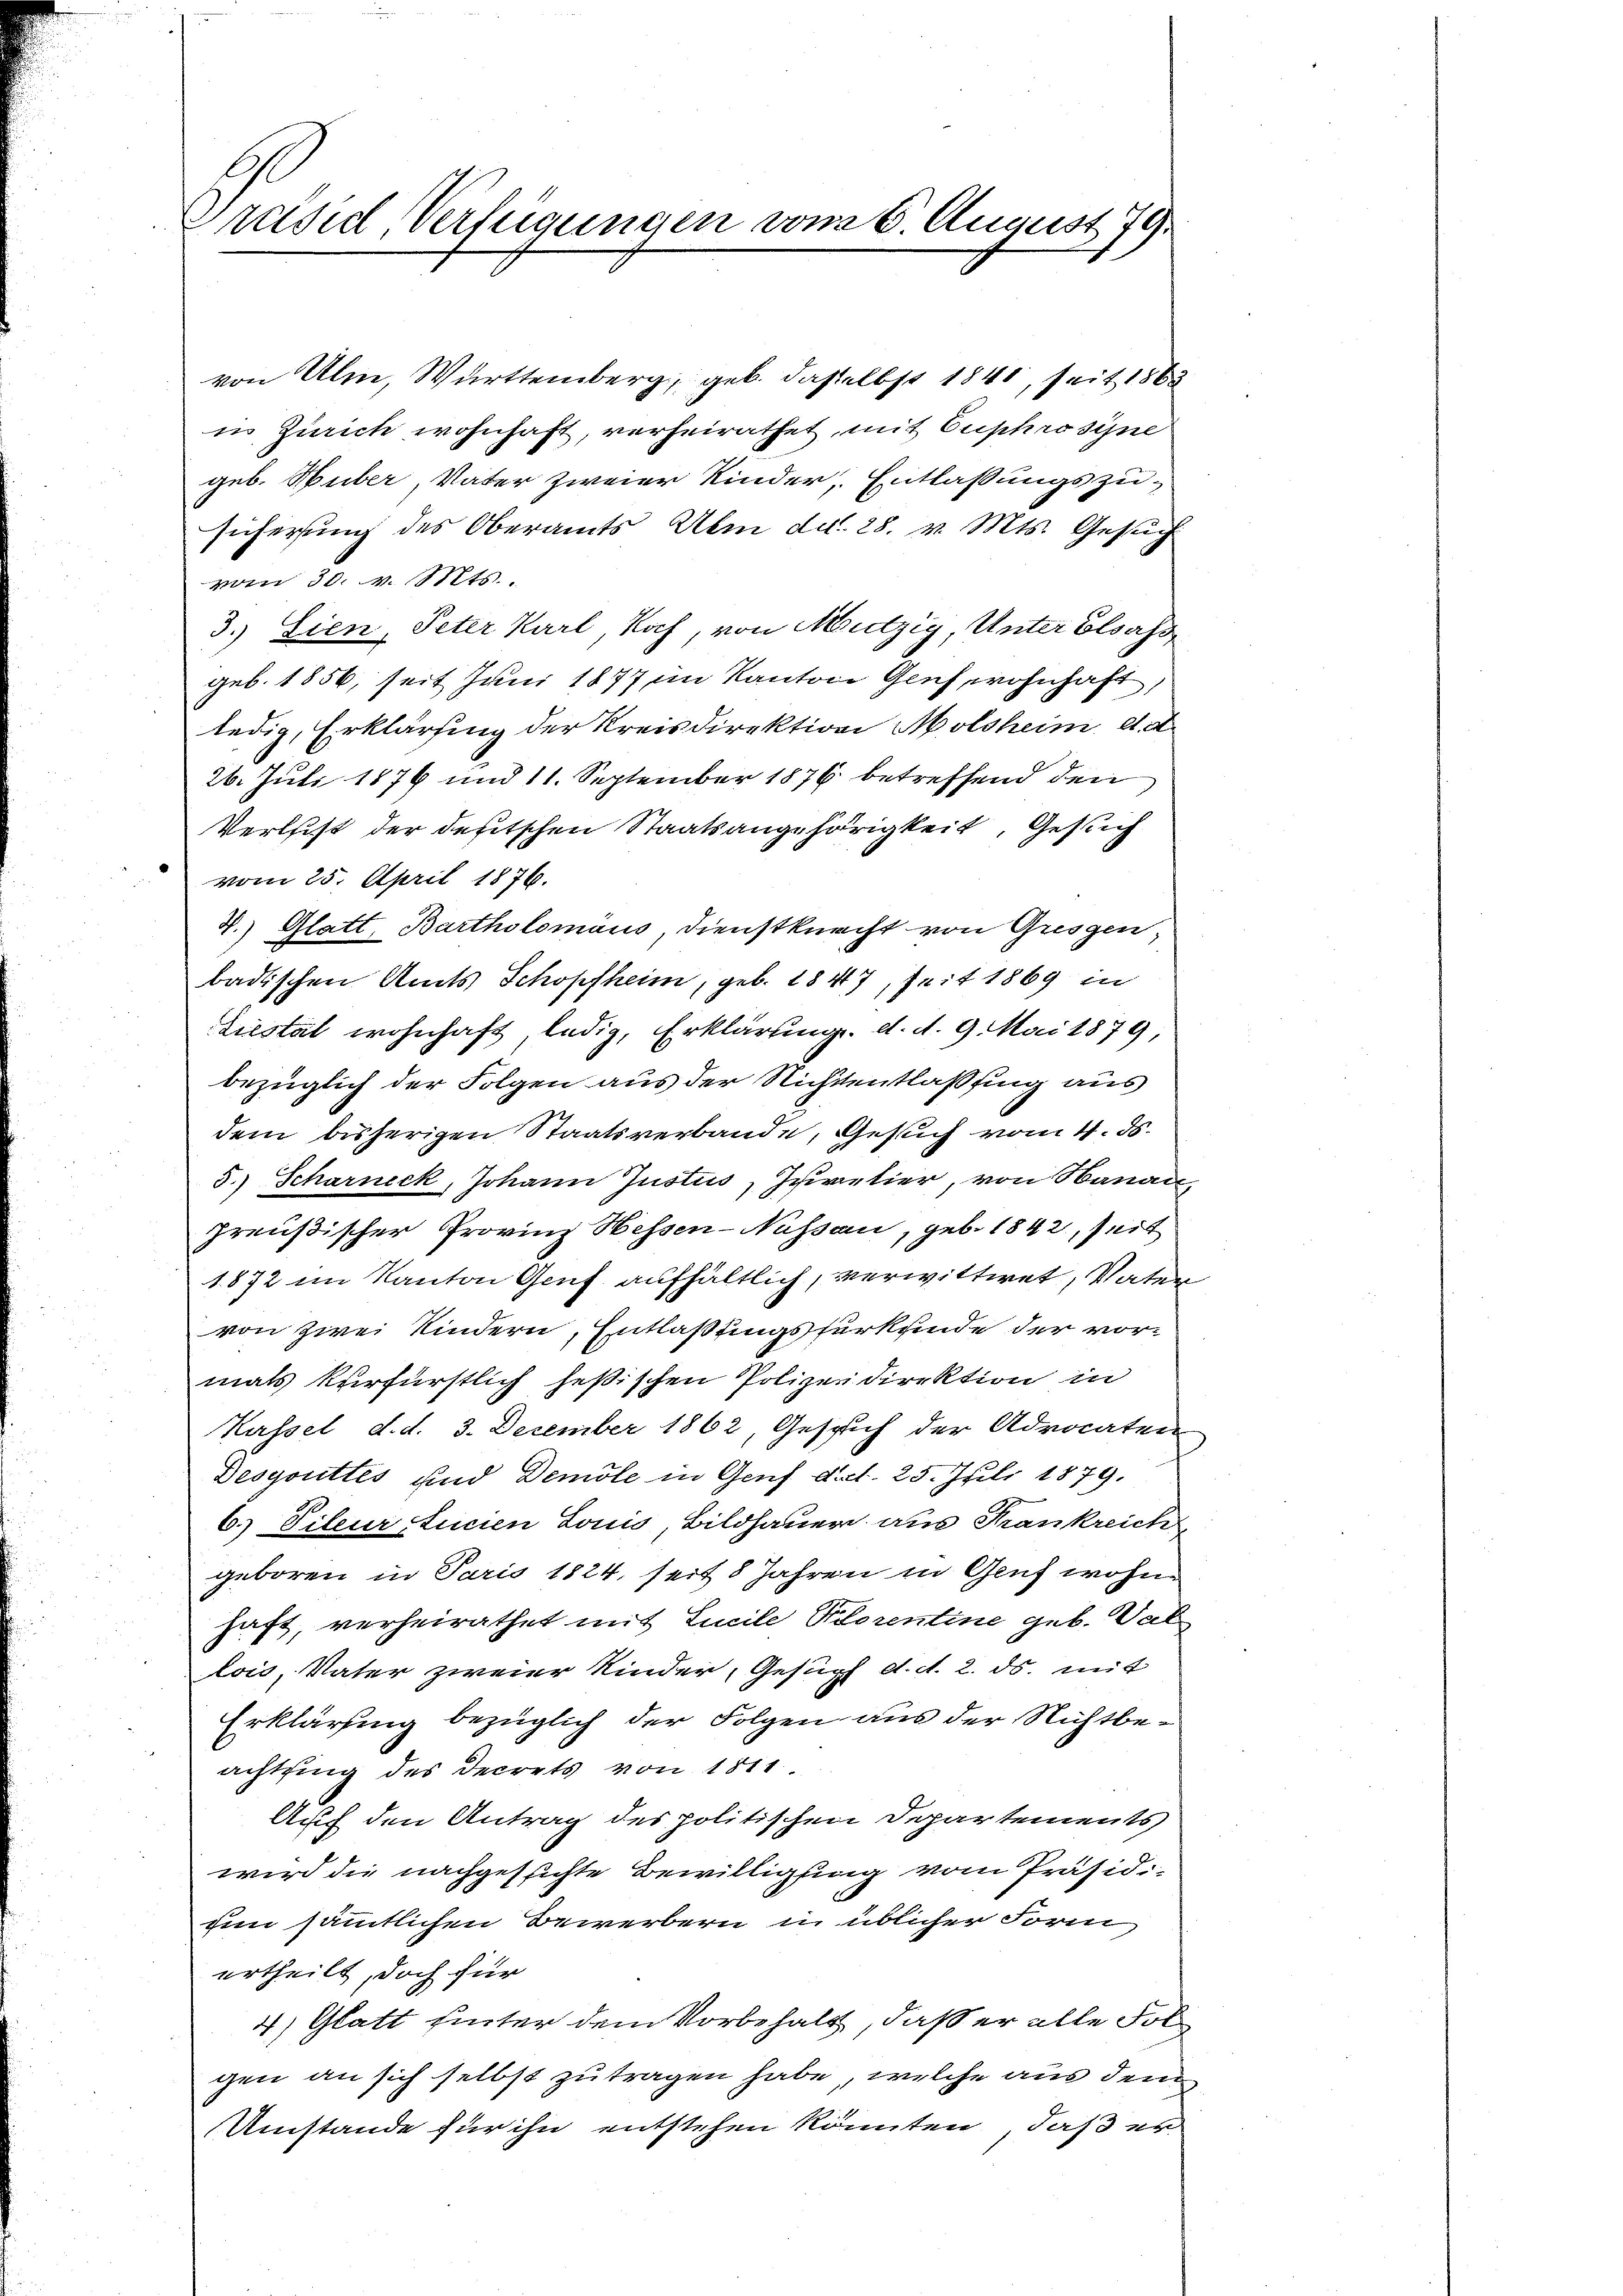
Präsid, Verfügungen vom 6. August 179.

von Ulm, Württemberg, geb. dasselbst 1841, seit 1863
in Zürich wohnhaft, verheirathet, mit Euphrosine
geb. Huber, Vater zweier Kinder, Entlassungszu-
sicherung des Oberamts Ulm d.d. 28. v. Mts. Gesuch
vom 30. v. Mts.
3.) Sien, Peter Karl, Koch, von Mutzig Unter Elsass
geb. 1856, seit Juni 1877 im Kanton Genf, wohnhaft
ledig, Erklärung der Kreisdirektion Molsheim, d. d.
26. Juli 1876 und 11. September 1876 betreffend den
Verleist der deutschen Staatsangehörigkeit, Gesuch
vom 25. April 1876.
7.) Glatt, Bartholomäus, Dienstknecht von Gresgen
badischen Amts Schopfheim, geb. 1847, seit 1869 in
Liestät wohnhaft ledig, Erklärung. d. d. 9. Mai 1879,
bezüglich der Folgen aus der Nichtentlassung aus
dem bisherigen Staatsverbande, Gesuch vom 4. ds.
5.) Scharneck, Johann Justius, Zuretier, von Hanau
preußischer Provinz Hessen-Nassau, geb. 1842, Zeit
1872 im Kanton Genf aufhältlich, verwittwet, Vatern
von zwei Kindern, Entlaßungsfürkunde der vormals kurfürstlich heßischen Polizeidirektion in
Kassel d. d. 3. Dezember 1862, Gesich der Advocaten
Desgouttes und Demole in Genf d.d. 25. Juli 1879.
6.) Dileur stucien Louis, Bildhauer aus Frankreich
geboren in Paris 1824, seit 8 Jahren in Genf wohne
haft, verheirathet mit Sicile Adorentine geb. Vat
lois, Vater zweier Kinder, Gesuch d. d. 2. ds. mit
Erklärung bezüglich der Folgen aus der Nichtbeachtsing des Decrets von 1811.
Auf den Antrag des politischen Departements
wird die nachgesichte Bewilligung vom Präsidi-
sie sämmtlichen Bewerbern in üblicher Form
ertheilt, doch für
4) Glatt hinter dem Vorbehalt, daß er alle Fol
gen an sich selbst zu tragen habe, welche aus dem
Umstände für ihn entstehen könnten, daß er

.